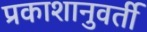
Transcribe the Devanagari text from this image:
प्रकाशानुवर्ती